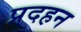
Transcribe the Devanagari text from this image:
प्रदहन